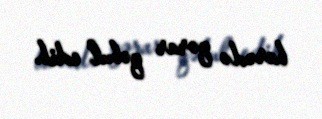
barədə qərar qəbul edib.